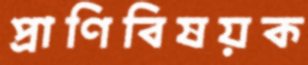
প্রাণিবিষয়ক